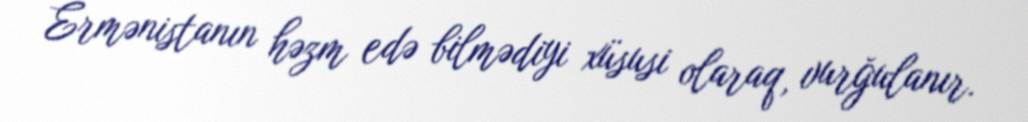
Ermənistanın həzm edə bilmədiyi xüsusi olaraq, vurğulanır.